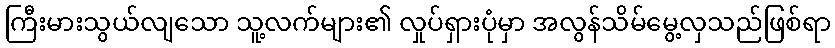
ကြီးမားသွယ်လျသော သူ့လက်များ၏ လှုပ်ရှားပုံမှာ အလွန်သိမ်မွေ့လှသည်ဖြစ်ရာ